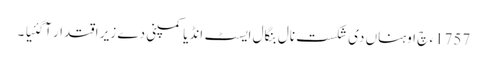
1757ء چ اوہناں دی شکست نال بنگال ایسٹ انڈیا کمپنی دے زیر اقتدار آگئیا ۔